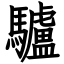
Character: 驢